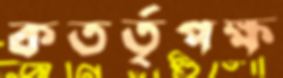
কতর্তৃপক্ষ